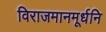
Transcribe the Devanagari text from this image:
विराजमानमूर्धनि